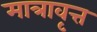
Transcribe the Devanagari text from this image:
मात्रावृत्त